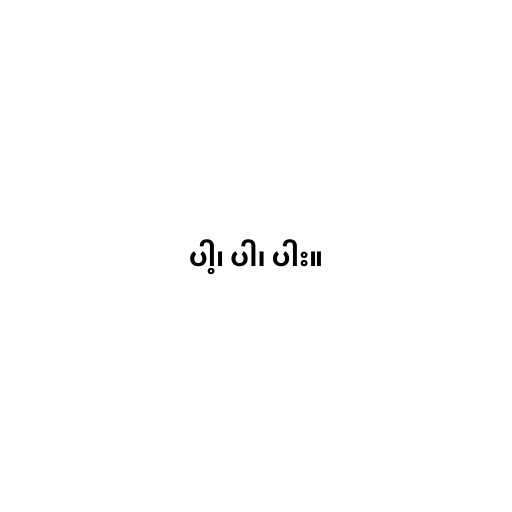
ပါ့၊ ပါ၊ ပါး။